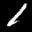
Label: 1